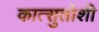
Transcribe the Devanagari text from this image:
कात्सुतोशी